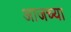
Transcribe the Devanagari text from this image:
अाजच्या